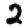
Digit: 2